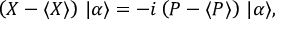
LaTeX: \left( { X } - \langle { X } \rangle \right) \, | \alpha \rangle = - i \left( { P } - \langle { P } \rangle \right) \, | \alpha \rangle { \mathrm { , } }